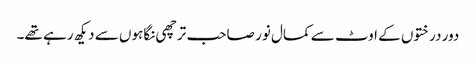
دور درختوں کے اوٹ سے کمال نور صاحب ترچھی نگاہوں سے دیکھ رہے تھے۔